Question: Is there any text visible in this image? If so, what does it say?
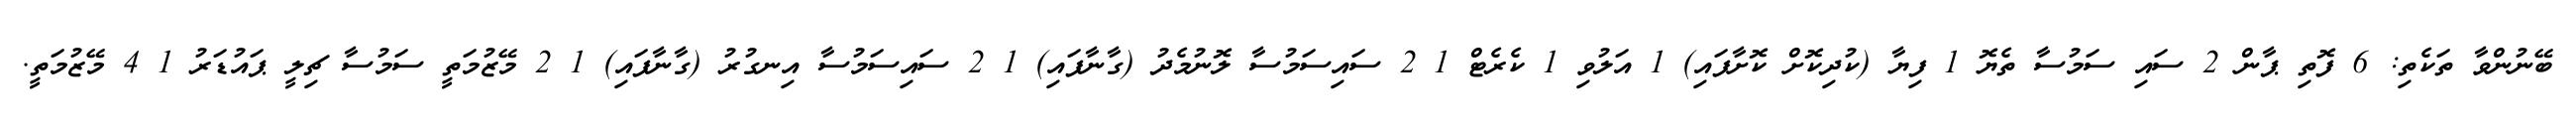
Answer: ބޭނުންވާ ތަކެތި: 6 ފޮތި ޕާން 2 ސައި ސަމުސާ ތެޔޮ 1 ފިޔާ (ކުދިކޮށް ކޮށާފައި) 1 އަލުވި 1 ކެރެޓް 1 2 ސައިސަމުސާ ލޮނުމެދު (ގާނާފައި) 1 2 ސައިސަމުސާ އިނގުރު (ގާނާފައި) 1 2 މޭޒުމަތީ ސަމުސާ ޗިލީ ޕައުޑަރު 1 4 މޭޒުމަތީ.